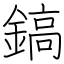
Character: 鎬